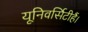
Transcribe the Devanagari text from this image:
यूनिवर्सिटीहैं।